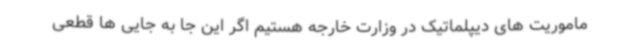
ماموریت های دیپلماتیک در وزارت خارجه هستیم اگر این جا به جایی ها قطعی